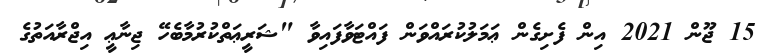
15 ޖޫން 2021 އިން ފެށިގެން ޢަމަލުކުރައްވަން ފައްޓަވާފައިވާ "ޝަރީޢަތްކުރުމާބެހޭ ޖިނާޢީ އިޖްރާއަތުގެ